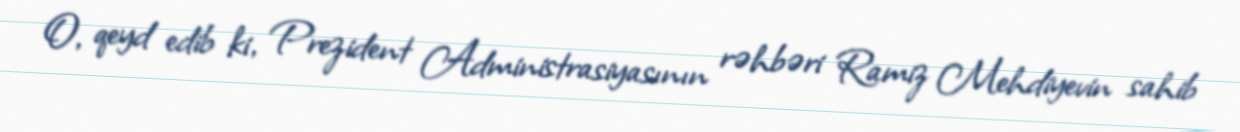
O, qeyd edib ki, Prezident Administrasiyasının rəhbəri Ramiz Mehdiyevin sahib